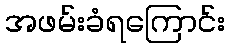
အဖမ်းခံရကြောင်း